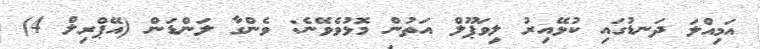
އަމިއްލަ ދަނޑުގައި ކުޅޭއިރު ލިވަޕޫލް އަތުން މޮޅުވެވޭނެ: ވެންގާ ލަންޑަން (އޭޕްރިލް 4)